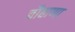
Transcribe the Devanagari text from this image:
चौहाणा